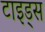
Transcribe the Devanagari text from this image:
टाइड्स